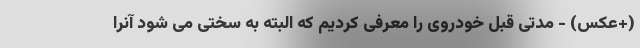
(+عکس) - مدتی قبل خودروی را معرفی کردیم که البته به سختی می شود آنرا